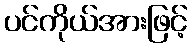
ပင်ကိုယ်အားဖြင့်